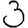
Digit: 3